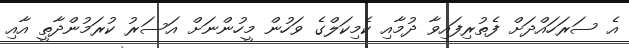
އެ ސަރަހައްދަށް ފެތުރިފައިވާ ދުމާއި ކެމިކަލްގެ ވަހުން މީހުންނަށް އަސަރު ކުރަމުންދާތީ އާއި